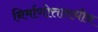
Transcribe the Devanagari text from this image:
निर्माणोत्ताराधीन